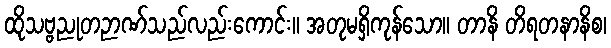
ထိုသဗ္ဗညုတဉာဏ်သည်လည်းကောင်း။ အတုမရှိကုန်သော။ တာနိ တိရတနာနိစ၊